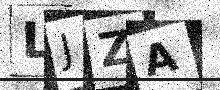
Text: LJZA